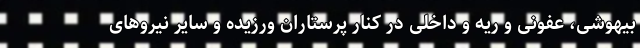
بیهوشی، عفونی و ریه و داخلی در کنار پرستاران ورزیده و سایر نیروهای